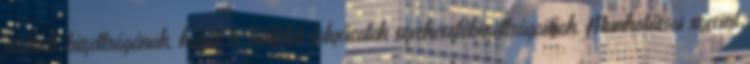
értékelô bizottságának, hazai és külföldi folyóiratok szerkesztôbizottságainak. Munkatársai szerint